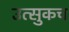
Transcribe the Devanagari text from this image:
उत्सुकच